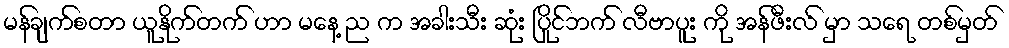
မန်ချက်စတာ ယူနိုက်တက် ဟာ မနေ့ ည က အခါးသီး ဆုံး ပြိုင်ဘက် လီဗာပူး ကို အန်ဖီးလ် မှာ သရေ တစ်မှတ်